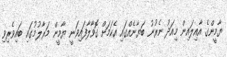
ޔާމީންގެ އާއިލައިން މިއަދު ނެރުނު ބަޔާނެއްގައި އެކަމަށް ގޮވާލާފައިވަނީ ޔާމީން މަރާލުމުގައި ބައިވެރިވި